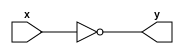
module notgate(
input x,
output y
);
assign y=!x;
endmodule